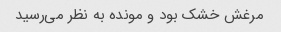
مرغش خشک بود و مونده به نظر می‌رسید